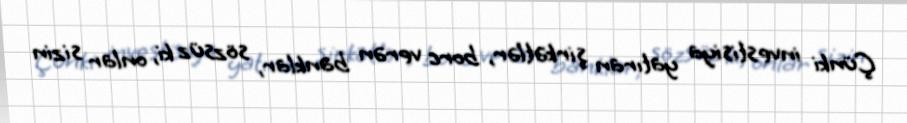
Çünki investisiya yatıran şirkətlər, borc verən banklar, sözsüz ki, onlar sizin